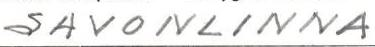
SAVONLINNA